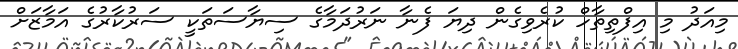
މިއަދު މި އިފްތިތާހް ކުރެވިގެން ދިޔަ ފެނާ ނަރުދަމާގެ ސިޔާސަތަކީ ސަރުކާރުގެ އަމާޒަށް